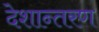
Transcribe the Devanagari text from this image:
देशान्तरण